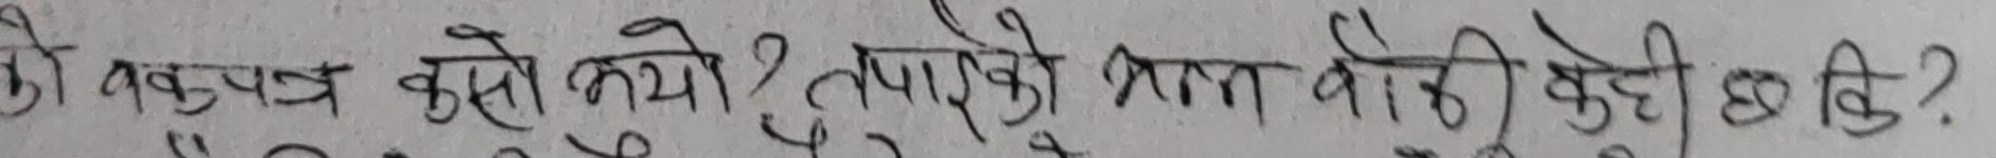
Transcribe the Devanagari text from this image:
को वक्तव्य कस्तो लाग्यो? तपाइको भामा भेटी केही छ कि?